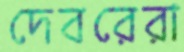
দেবরেরা